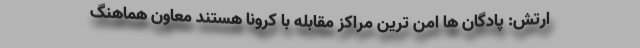
ارتش: پادگان ها امن ترین مراکز مقابله با کرونا هستند معاون هماهنگ